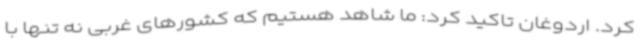
کرد. اردوغان تاکید کرد: ما شاهد هستیم که کشورهای غربی نه تنها با